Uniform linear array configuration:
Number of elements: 48
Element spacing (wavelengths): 0.25
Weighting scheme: binomial
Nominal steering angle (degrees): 60
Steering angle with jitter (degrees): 59.503
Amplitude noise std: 0.05
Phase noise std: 0.05

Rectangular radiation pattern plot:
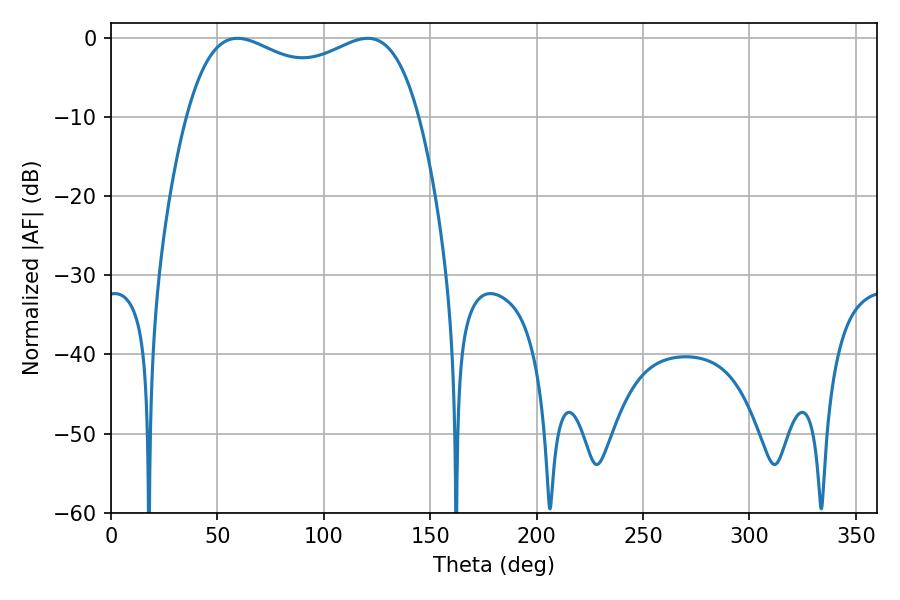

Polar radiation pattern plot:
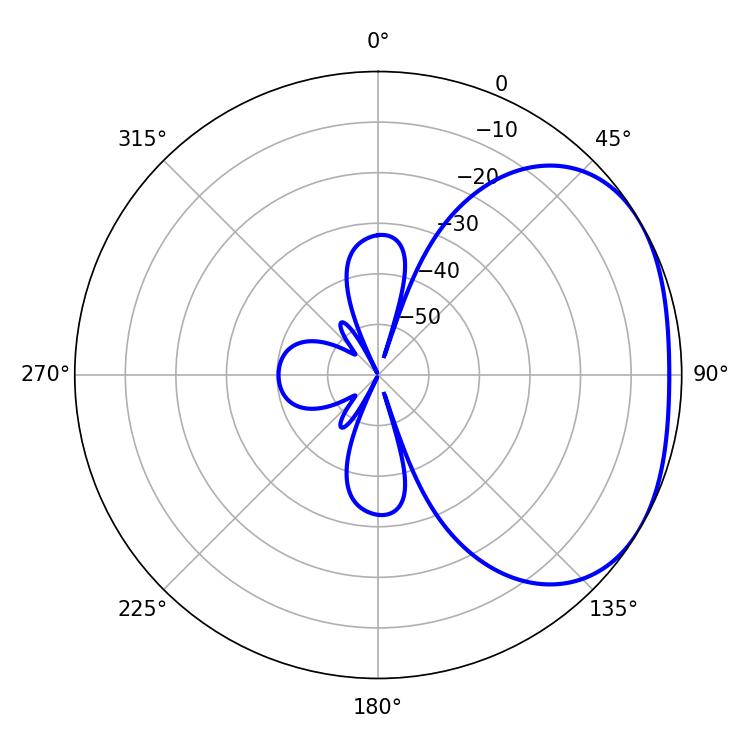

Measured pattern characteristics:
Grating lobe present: FALSE
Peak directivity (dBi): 2.362
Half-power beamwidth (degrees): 90
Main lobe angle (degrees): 59.4